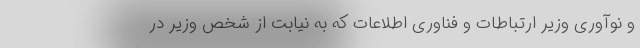
و نوآوری وزیر ارتباطات و فناوری اطلاعات که به نیابت از شخص وزیر در